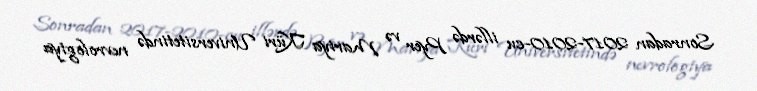
Sonradan 2017-2010-cu illərdə Pyer və Mariya Küri Universitetində nevrologiya